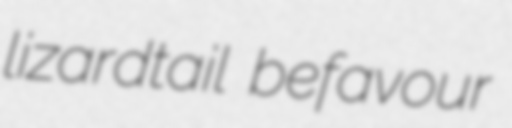
lizardtail befavour